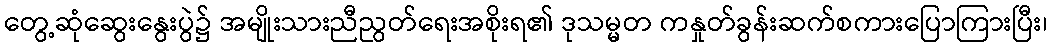
တွေ့ဆုံဆွေးနွေးပွဲ၌ အမျိုးသားညီညွတ်ရေးအစိုးရ၏ ဒုသမ္မတ ကနှုတ်ခွန်းဆက်စကားပြောကြားပြီး၊